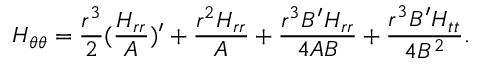
{ H } _ { \theta \theta } = { \frac { { r } ^ { 3 } } { 2 } } ( { \frac { { H } _ { r r } } { A } } ) ^ { \prime } + { \frac { { r } ^ { 2 } { H } _ { r r } } { A } } + { \frac { { r } ^ { 3 } B ^ { \prime } { H } _ { r r } } { 4 A B } } + { \frac { { r } ^ { 3 } B ^ { \prime } { H } _ { t t } } { 4 { B } ^ { 2 } } } .